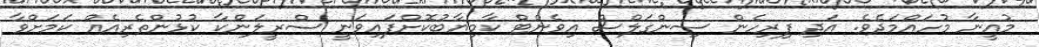
މުއީނާ މުހައްމަދެވެ. އަދި ފިރިހެން ސިންގަލްސް އިވެންޓް ކާމިޔާބުކޮށްފައިވަނީ ސްރީލަންކާ ކުޅުންތެރިއެއް ކަމަށްވާ